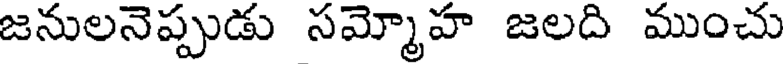
జనులనెప్పుడు సమ్మోహ జలది ముంచు